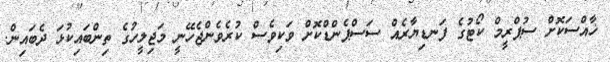
ޚާއްސަކޮށް ސުޕްރީމް ކޯޓުގެ ފަނޑިޔާރެއް ސަސްޕެންޑްކޮށް ވަކިވެސް ކުރެވެންޖެހޭނީ މަޖިލީހުގެ ތިންބައިކުޅަ ދެބައިން.